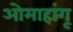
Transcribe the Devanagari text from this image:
ओमाहांगू